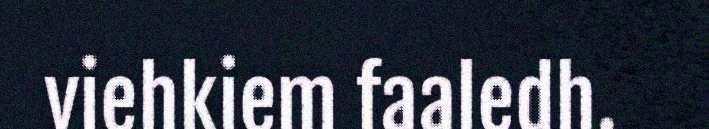
viehkiem faaledh.